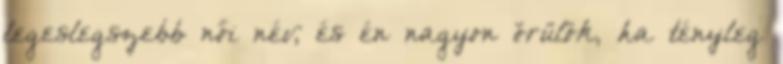
legeslegszebb női név, és én nagyon örülök, ha tényleg